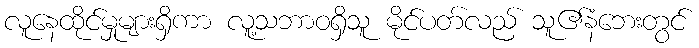
လူနေထိုင်မှုများရှိကာ လူ့သဘာဝရှိသူ မိုင်ပတ်လည် သူ၏နံဘေးတွင်